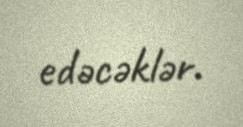
edəcəklər.